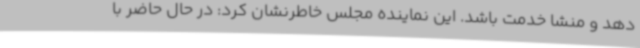
دهد و منشا خدمت باشد. این نماینده مجلس خاطرنشان کرد: در حال حاضر با